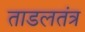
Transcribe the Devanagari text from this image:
ताडलतंत्र